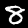
Label: 8